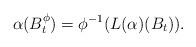
LaTeX: \begin{align*}\alpha (B^\phi_t)=\phi^{-1}(L(\alpha)(B_t)).\end{align*}